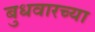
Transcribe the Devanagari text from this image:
बुधवारच्या